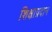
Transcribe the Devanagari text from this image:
शिक्षाप्रदान